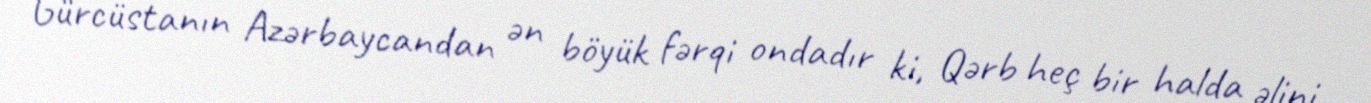
Gürcüstanın Azərbaycandan ən böyük fərqi ondadır ki, Qərb heç bir halda əlini